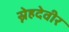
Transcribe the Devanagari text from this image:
स्नेहदेवीर